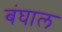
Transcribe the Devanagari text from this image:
बंघाल